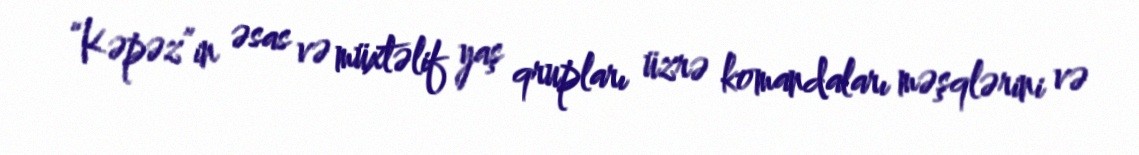
“Kəpəz”in əsas və müxtəlif yaş qrupları üzrə komandaları məşqlərini və